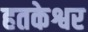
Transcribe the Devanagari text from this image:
हतकेश्वर